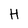
Character: H